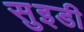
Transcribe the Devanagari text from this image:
सुइडी